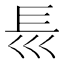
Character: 𡿴